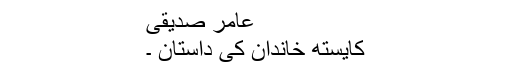
عامر صدیقی
کایستھ خاندان کی داستان ۔